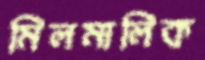
মিলমালিক